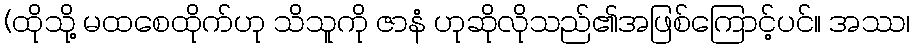
(ထိုသို့ မထစေထိုက်ဟု သိသူကို ဇာနံ ဟုဆိုလိုသည်၏အဖြစ်ကြောင့်ပင်။ အဿ၊